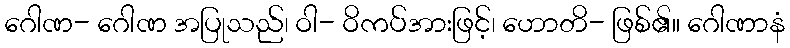
ဂေါဏ- ဂေါဏ အပြုသည်၊ ဝါ- ဝိကပ်အားဖြင့်၊ ဟောတိ- ဖြစ်၏။ ဂေါဏာနံ